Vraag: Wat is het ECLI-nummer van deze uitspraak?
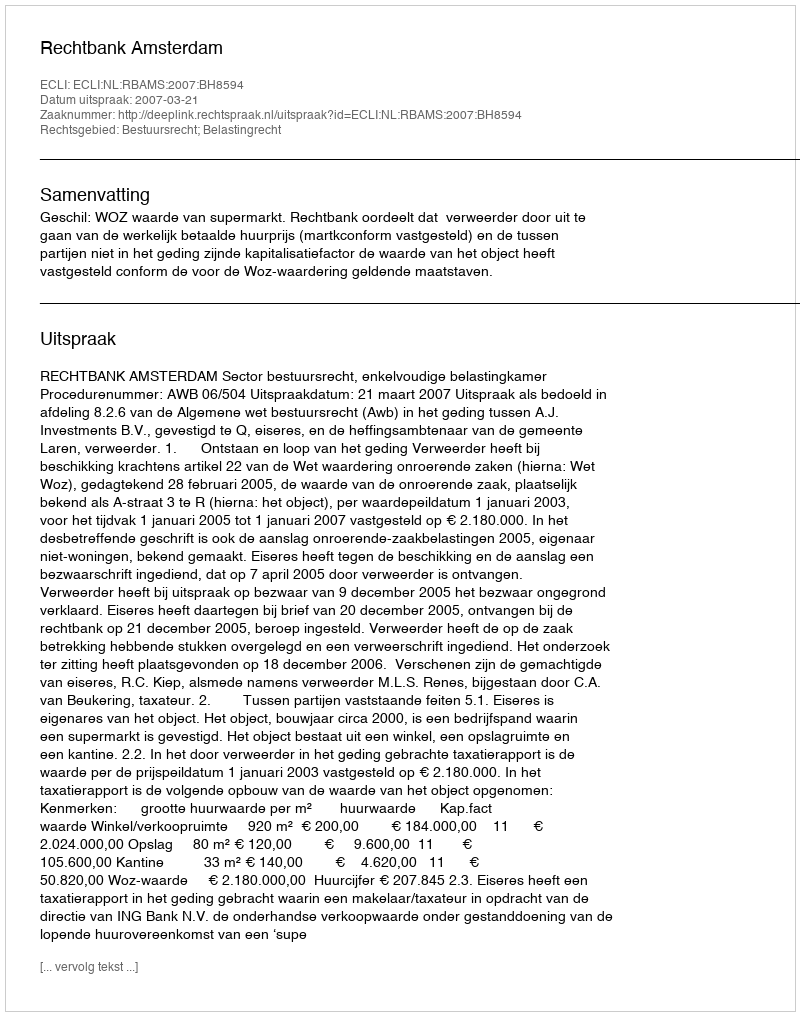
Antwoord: ECLI:NL:RBAMS:2007:BH8594